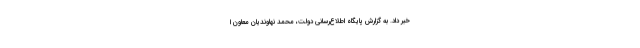
خبر داد. به گزارش پایگاه اطلاع‌رسانی دولت، محمد نهاوندیان معاون ا